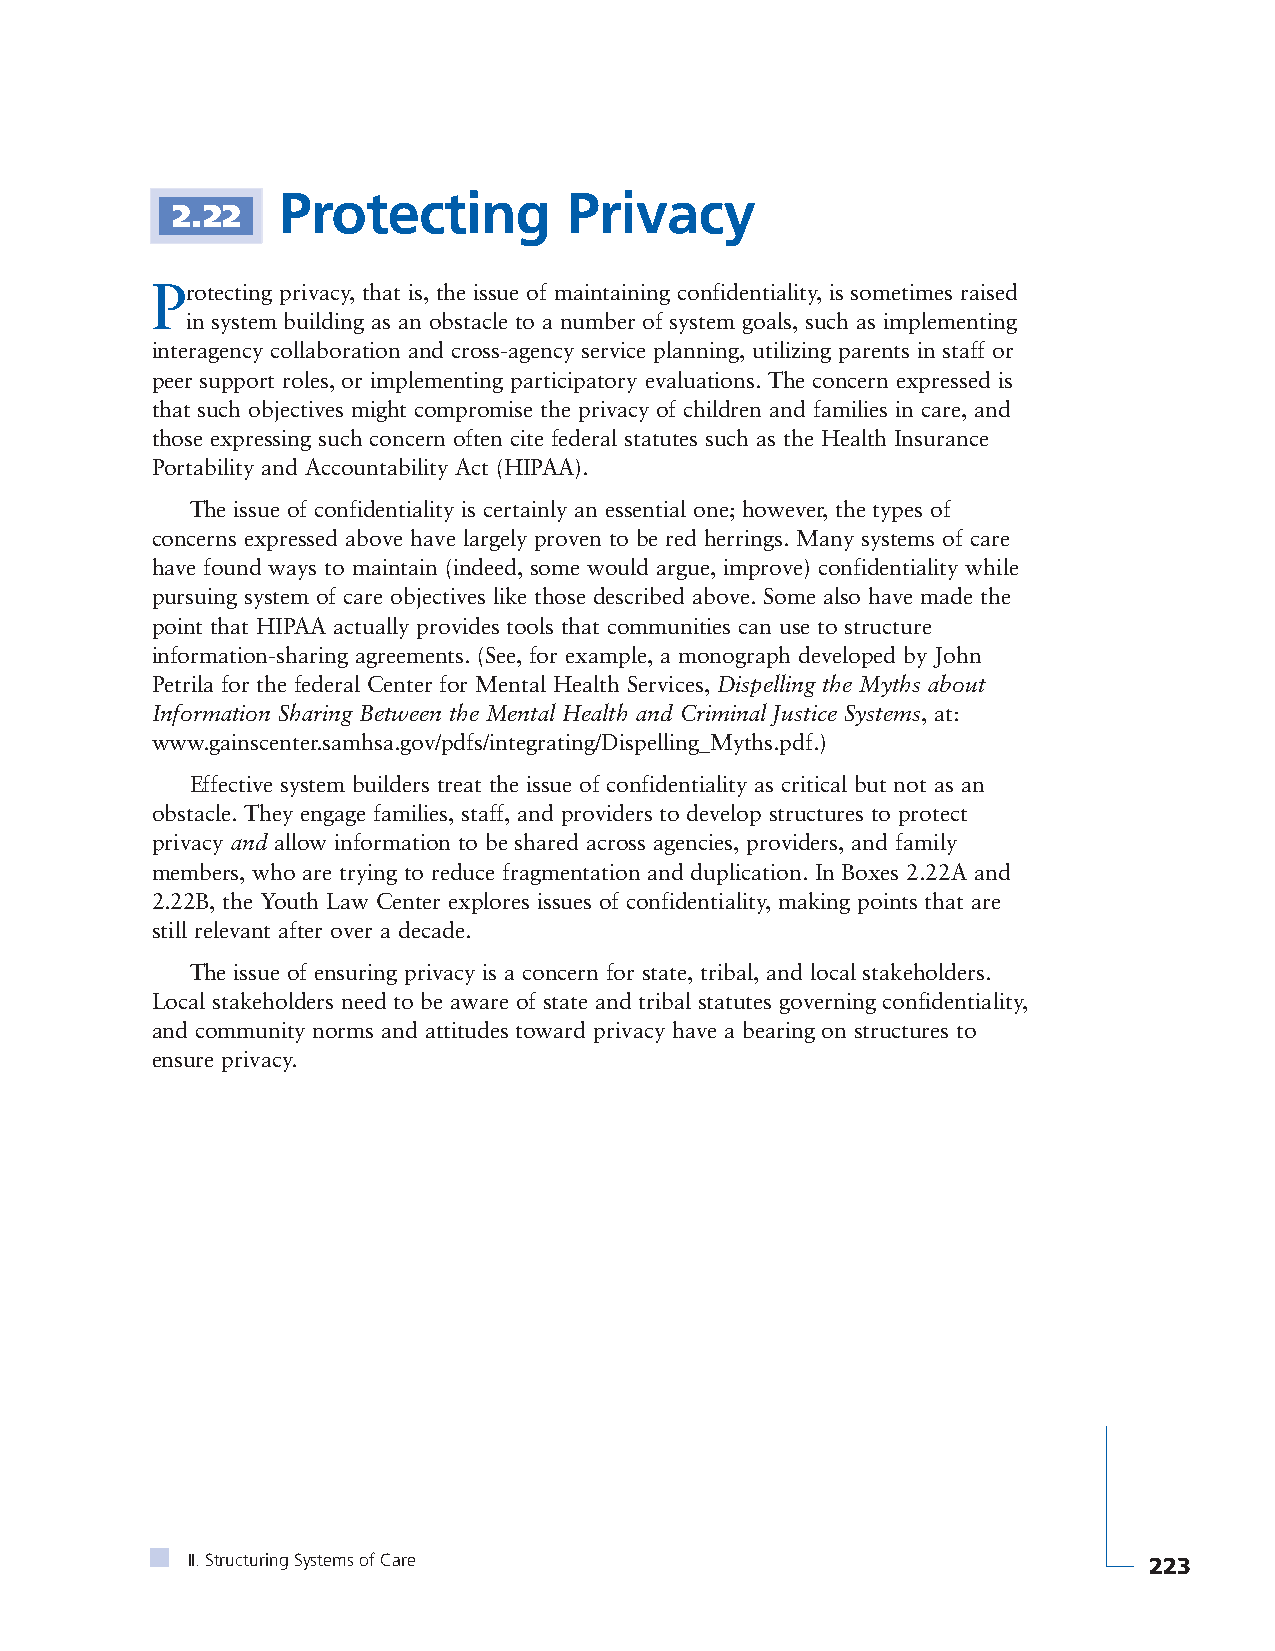
Protecting          Privacy
 2.22
 Protecting privacy, that is, the issue of maintaining confidentiality, is sometimes raised
 in system building as an obstacle to a number of system goals, such as implementing
 interagency collaboration and cross-agency service planning, utilizing parents in staff or
 peer support roles, or implementing participatory evaluations. The concern expressed is
 that such objectives might compromise the privacy of children and families in care, and
 those expressing such concern often cite federal statutes such as the Health Insurance
 Portability and Accountability Act (HIPAA).
 The issue of confidentiality is certainly an essential one; however, the types of
 concerns expressed above have largely proven to be red herrings. Many systems of care
 have found ways to maintain (indeed, some would argue, improve) confidentiality while
 pursuing system of care objectives like those described above. Some also have made the
 point that HIPAA actually provides tools that communities can use to structure
 information-sharing agreements. (See, for example, a monograph developed by John
 Petrila for the federal Center for Mental Health Services, Dispelling the Myths about
 Information Sharing Between the Mental Health and Criminal Justice Systems, at:
 www.gainscenter.samhsa.gov/pdfs/integrating/Dispelling_Myths.pdf.)
 Effective system builders treat the issue of confidentiality as critical but not as an
 obstacle. They engage families, staff, and providers to develop structures to protect
 privacy and allow information to be shared across agencies, providers, and family
 members, who are trying to reduce fragmentation and duplication. In Boxes 2.22A and
 2.22B, the Youth Law Center explores issues of confidentiality, making points that are
 still relevant after over a decade.
 The issue of ensuring privacy is a concern for state, tribal, and local stakeholders.
 Local stakeholders need to be aware of state and tribal statutes governing confidentiality,
 and community norms and attitudes toward privacy have a bearing on structures to
 ensure privacy.
 II. Structuring Systems of Care                                 223